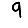
Digit: 9